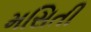
મસિતી